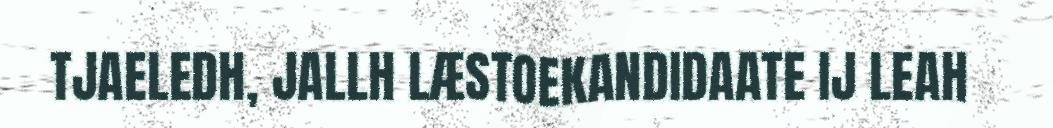
TJAELEDH, JALLH LÆSTOEKANDIDAATE IJ LEAH